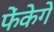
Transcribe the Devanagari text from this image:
फेंकेगे